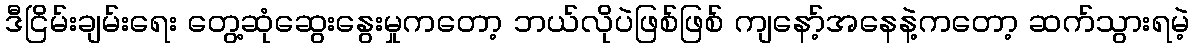
ဒီငြိမ်းချမ်းရေး တွေ့ဆုံဆွေးနွေးမှုကတော့ ဘယ်လိုပဲဖြစ်ဖြစ် ကျနော့်အနေနဲ့ကတော့ ဆက်သွားရမဲ့